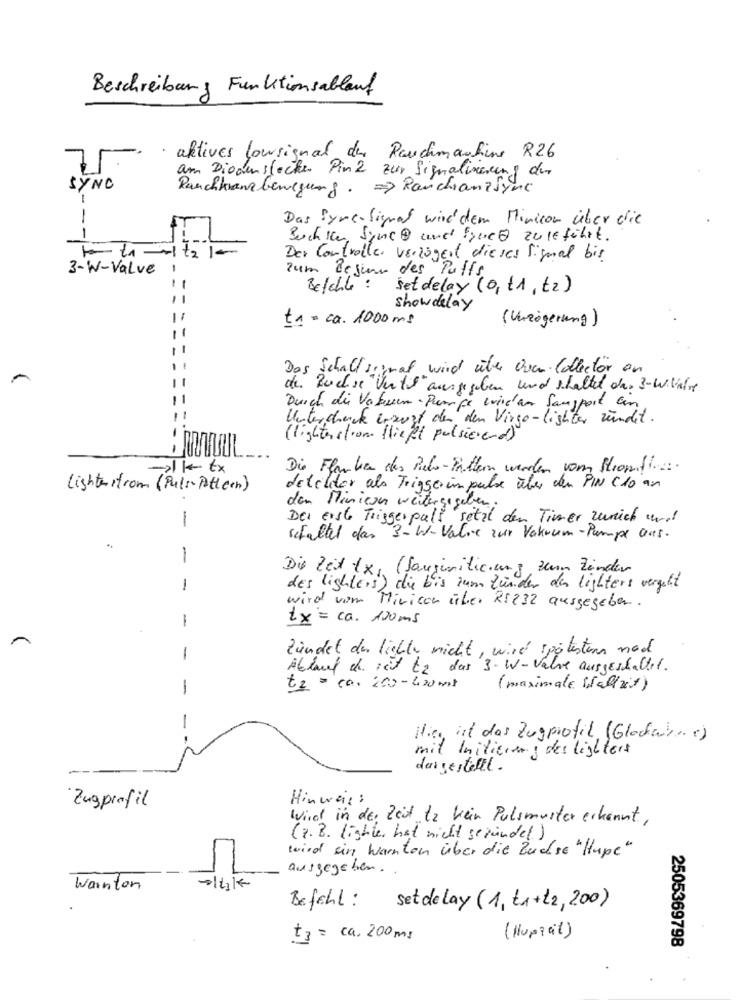
Beschreibung Funktionsablauf
aktives lowsignal der Rauchmachine R26
am Diodenslocker Pinz zur Signalingung dur
SYNC
Rauchkranzbewegung. = > Ranchanalyne
--
Das Pyre- Signal wird dem Minicon über die
-
Buchsen Synet und Fuel zugeführt.
Der Controller verzögert dieses Signal bis
3-W-Value
-
zum Begun des Puffs,
Belchle : set delay (0, t1 , t2)
show delay
t1 = ca. 1000 mg
(Verzögerung)
Das Schall signal wird über Oven Collector en
de Buchse "Until"ausgegeben und schaltet das 3-W.Wahre
Durch die Vakuen- Pumpe wird am Sausport an,
Untercheck erzeugt der den Virgo-lighter zündet .
( lightestion fließt pulsierene)
->k tx
Die Flamber des Pelo-Filtern werden vom Stromfinn.
Light-strom (Puls Pattern)
delelder als Triggerimpulse über den PIN C10 an
den Minicon weitergegeben;
-
Der Erste Triggerpalt setzt den Timer zurich und
schaltet das 3-W-Value zur Vakuum-Pumpe Das.
1
Die Zeit tx, (Sangimiticung zum Zünden
1
des lighters) die bis zum Zünder der lighters vergeht
wird vom Minicon über RS232 ausgegeben .
1
tx = ca. 150 ms
Zündet der lighter nicht , wird spätestens nach
1
Ablauf de. iit tz das 3-W-Valve ausgeschaltet.
-
t2 = ca. 200-400ml
(maximale Wallvit)
-
Hier il das Zugprofil (Glederrec)
mit Initierer, des lighters
dargestellt .
Hinweis:
Zugprofil
Wird in der Zeit de Vein Pulsmuster erkannt,
(z. B. lighter hat nicht gezündet )
wird ein warnten über die Buchse "Hupe "
ausgegeben.
Warnten
Befehl :
set delay (1, ta+12,200)
(Hupicl)
+3 = ca. 200 ms
2505369798